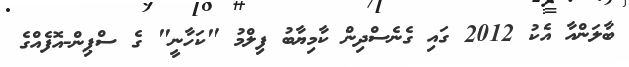
ބާލަންއާ އެކު 2012 ގައި ގެނެސްދިން ކާމިޔާބު ފިލްމު "ކަހާނީ" ގެ ސްޕިން-އޮފެއްގެ